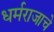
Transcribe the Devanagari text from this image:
धर्मराजाचे